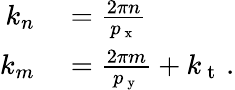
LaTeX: \begin{array}{rl}{k_{n}}&{{}=\frac{2\pi n}{p_{\mathrm{~x~}}}}\\ {k_{m}}&{{}=\frac{2\pi m}{p_{\mathrm{~y~}}}+k_{\mathrm{~t~}}\, .}\end{array}